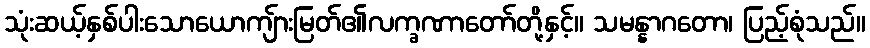
သုံးဆယ့်နှစ်ပါးသောယောကျ်ားမြတ်၏လက္ခဏာတော်တို့နှင့်။ သမန္နာဂတော၊ ပြည့်စုံသည်။